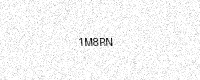
Text: 1M8RN